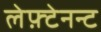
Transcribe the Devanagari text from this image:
लेफ़्टेनन्ट